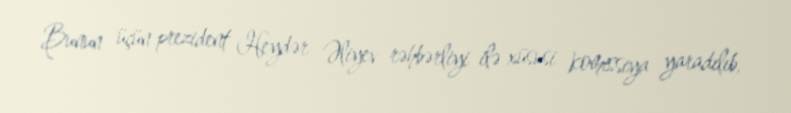
Bunun üçün prezident Heydər Əliyev rəhbərliyi ilə xüsusi komissiya yaradılıb,